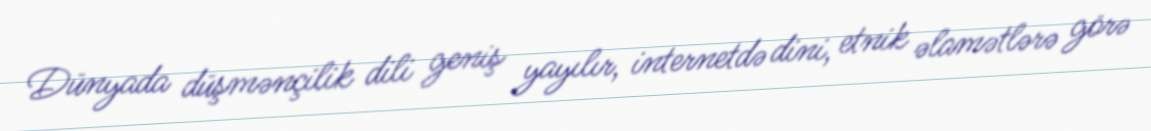
Dünyada düşmənçilik dili geniş yayılır, internetdə dini, etnik əlamətlərə görə